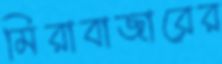
মিরাবাজারের